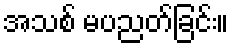
အသစ် မပညတ်ခြင်း။